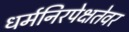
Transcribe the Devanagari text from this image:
धर्मनिरपेक्षतेवर